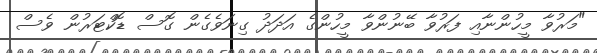
"މަރުވާ މީހުންނާއި ފަރުވާ ބޭނުންވާ މީހުންގެ އަދަދު ގިނަވެެގެން ގޮސް ޑޮކްޓަރުން ވެސް